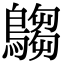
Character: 𪄞